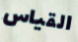
القياس